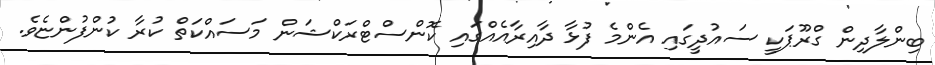
ބިންލާދިން ގްރޫޕަކީ ސައުދީގައި އެންމެ ފުޅާ ދާއިރާއެއްގައި ކޮންސްޓްރަކްޝަން މަސައްކަތް ކުރާ ކުންފުންޏެވެ.